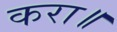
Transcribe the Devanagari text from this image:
करा॥